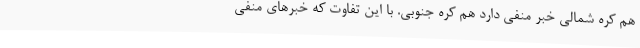
هم کره شمالی خبر منفی دارد هم کره جنوبی. با این تفاوت که خبرهای منفی